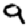
Digit: 9